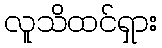
လူသိထင်ရှား